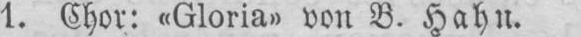
1. Chor: «Gloria» von B. Hahn.